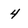
Character: 4